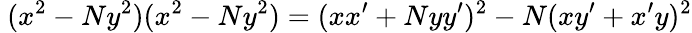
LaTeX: \ (x^{2}-Ny^{2})(x^{2}-Ny^{2})=(xx^{\prime}+Nyy^{\prime})^{2}-N(xy^{\prime}+x^{\prime}y)^{2}